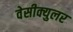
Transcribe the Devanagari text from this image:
वेसीक्युलर